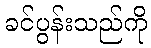
ခင်ပွန်းသည်ကို